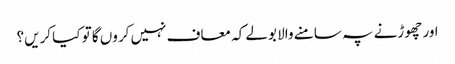
اور چھوڑنے پہ سامنے والا بولے کہ معاف نہیں کروں گا تو کیا کریں؟